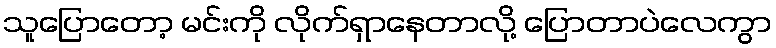
သူပြောတော့ မင်းကို လိုက်ရှာနေတာလို့ ပြောတာပဲလေကွာ